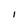
Character: I